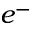
e ^ { - }